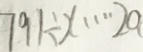
7 9 1 \div x \cdots 2 a